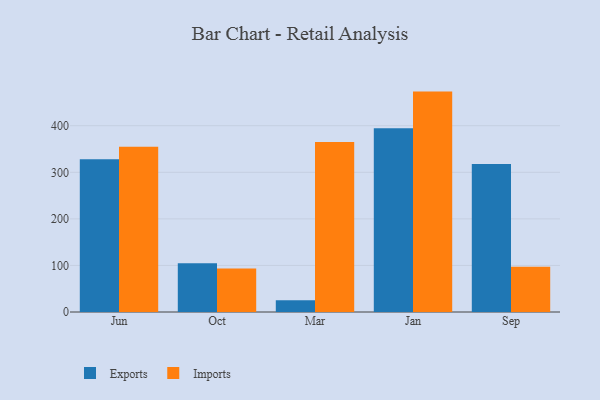
{"axis": {"x": "Month", "y": "Net Income (USD K)"}, "legend": ["Exports", "Imports"], "data": [{"x": "Jun", "y": 328.0, "type": "Exports"}, {"x": "Jun", "y": 354.6, "type": "Imports"}, {"x": "Oct", "y": 104.6, "type": "Exports"}, {"x": "Oct", "y": 93.4, "type": "Imports"}, {"x": "Mar", "y": 25.2, "type": "Exports"}, {"x": "Mar", "y": 365.1, "type": "Imports"}, {"x": "Jan", "y": 394.4, "type": "Exports"}, {"x": "Jan", "y": 473.3, "type": "Imports"}, {"x": "Sep", "y": 317.7, "type": "Exports"}, {"x": "Sep", "y": 97.0, "type": "Imports"}]}